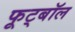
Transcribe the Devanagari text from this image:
फूट्बॉल